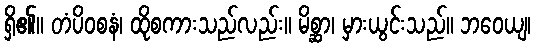
ရှိ၏။ တံပိဝစနံ၊ ထိုစကားသည်လည်း။ မိစ္ဆာ၊ မှားယွင်းသည်။ ဘဝေယျ၊